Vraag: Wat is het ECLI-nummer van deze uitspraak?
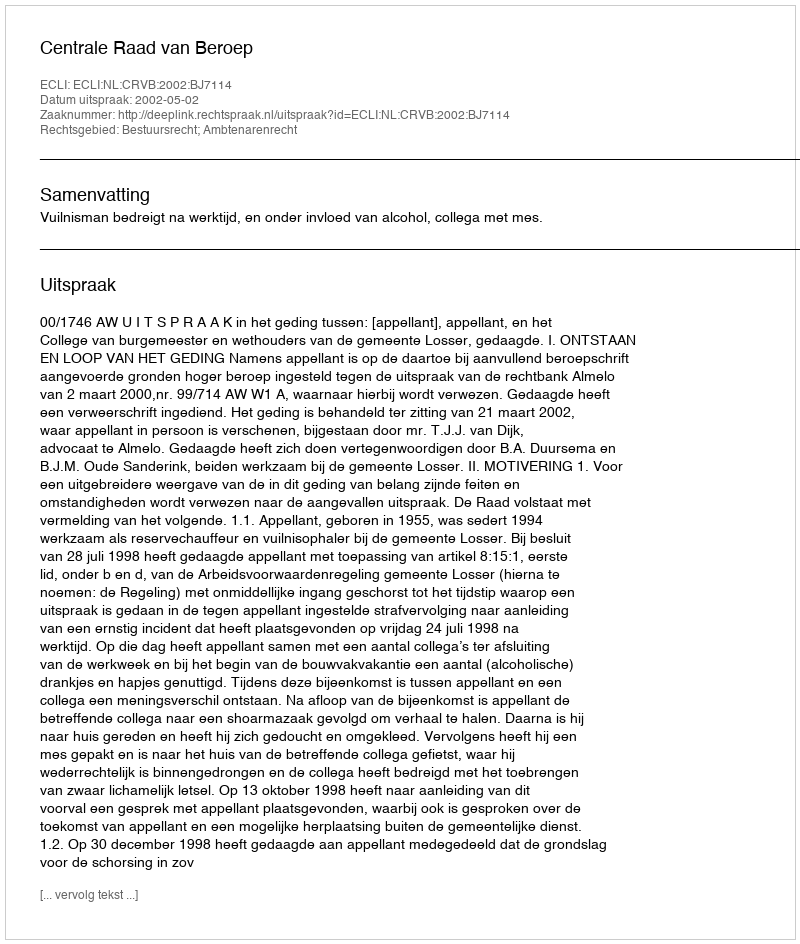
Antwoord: ECLI:NL:CRVB:2002:BJ7114